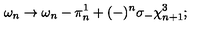
\omega _ { n } \to \omega _ { n } - \pi _ { n } ^ { 1 } + ( - ) ^ { n } \sigma _ { - } \chi _ { n + 1 } ^ { 3 } ;